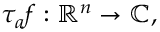
\tau _ { a } f : \mathbb { R } ^ { n } \to \mathbb { C } ,